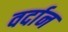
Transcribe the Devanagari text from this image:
वर्दान